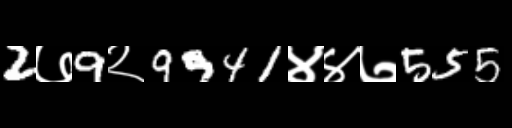
Text: 2७9२9941४४७555